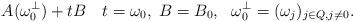
LaTeX: \begin{align*}A(\omega_0^\perp)+tB \quad t=\omega_0,\ B=B_0,\ \ \omega_0^\perp=(\omega_j)_{j \in Q, j\neq0} .\end{align*}